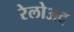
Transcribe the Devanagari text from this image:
रेलोअद